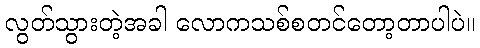
လွတ်သွားတဲ့အခါ လောကသစ်စတင်တော့တာပါပဲ။